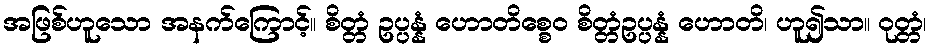
အဖြစ်ဟူသော အနက်ကြောင့်။ စိတ္တံ ဥပ္ပန္နံ ဟောတိစ္စေဝ စိတ္တံဥပ္ပန္နံ ဟောတိ၊ ဟူ၍သာ။ ဝုတ္တံ၊